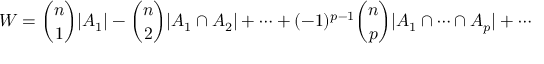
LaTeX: W = { \binom { n } { 1 } } | A _ { 1 } | - { \binom { n } { 2 } } | A _ { 1 } \cap A _ { 2 } | + \cdots + ( - 1 ) ^ { p - 1 } { \binom { n } { p } } | A _ { 1 } \cap \cdots \cap A _ { p } | + \cdots